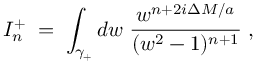
{ \cal I } _ { n } ^ { + } \; = \; \int _ { \gamma _ { + } } d w \; \frac { w ^ { n + 2 i \Delta M / a } } { ( w ^ { 2 } - 1 ) ^ { n + 1 } } \; ,